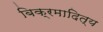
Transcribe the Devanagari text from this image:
बिक्रमादित्य